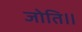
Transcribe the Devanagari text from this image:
जोति॥